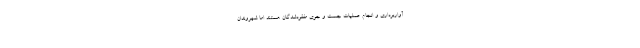
آواربرداری و انجام عملیات جست و جوی مفقودشدگان هستند اما شهروندان